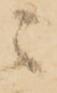
ニ